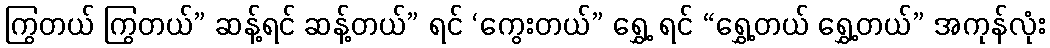
ကြွတယ် ကြွတယ်” ဆန့်ရင် ဆန့်တယ်” ရင် ‘ကွေးတယ်” ရွှေ့ ရင် “ရွှေ့တယ် ရွှေ့တယ်” အကုန်လုံး